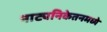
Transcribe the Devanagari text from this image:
नाट्यनिकेतनमध्ये